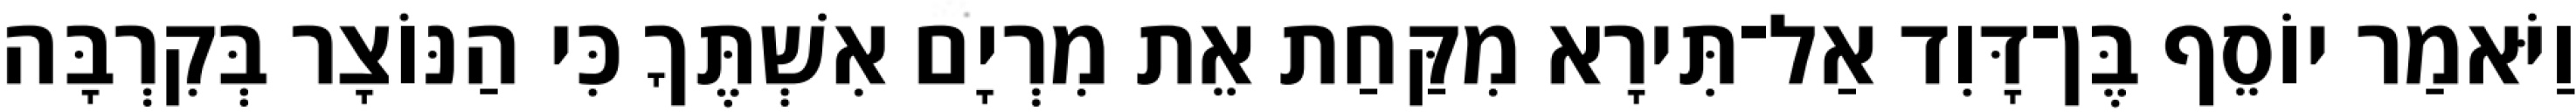
וַיֹּאמַר יוֹסֵף בֶּן־דָּוִד אַל־תִּירָא מִקַּחַת אֵת מִרְיָם אִשְׁתֶּךָ כִּי הַנּוֹצָר בְּקִרְבָּה